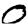
Digit: 0